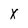
Character: X